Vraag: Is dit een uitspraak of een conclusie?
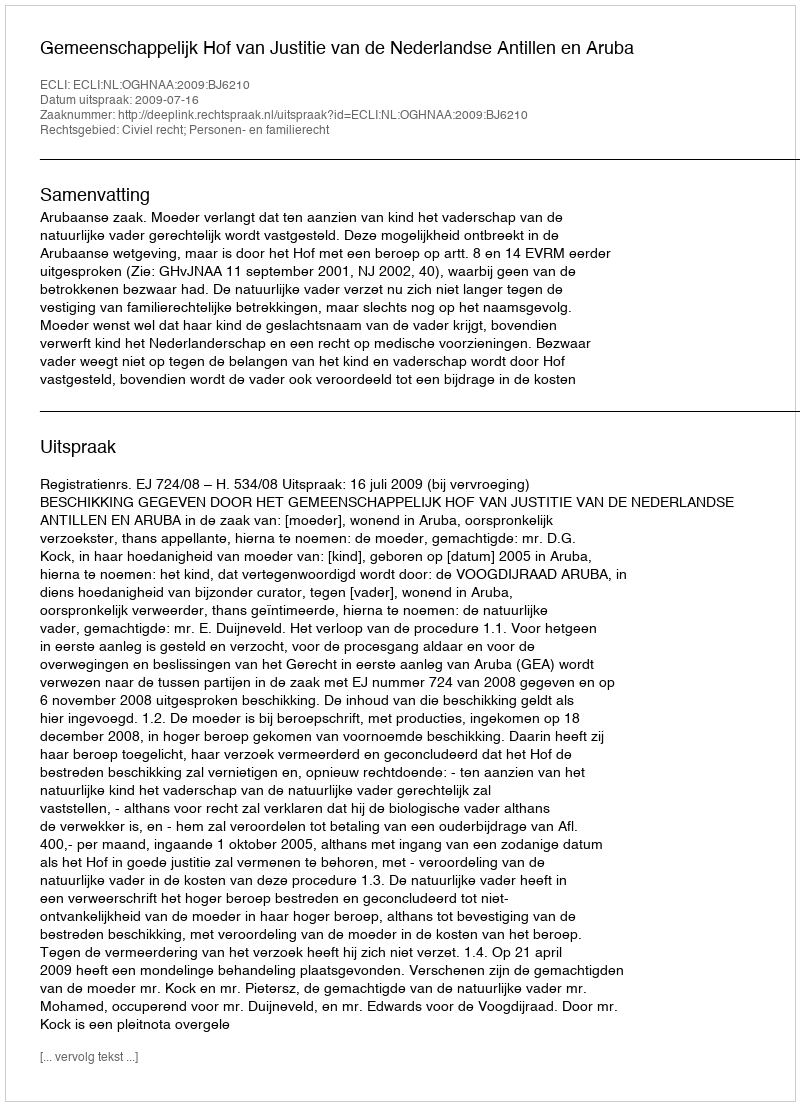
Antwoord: Uitspraak